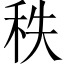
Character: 秩